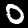
Digit: 0